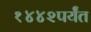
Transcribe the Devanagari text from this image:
१४४२पर्यंत